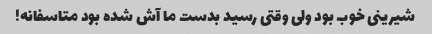
شیرینی خوب بود ولی وقتی رسید بدست ما آش شده بود متاسفانه!